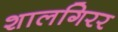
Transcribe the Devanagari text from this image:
शालगिरर